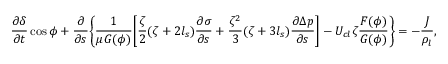
\frac { \partial \delta } { \partial t } \cos \phi + \frac { \partial } { \partial s } \Bigg \{ \frac { 1 } { \mu G ( \phi ) } \Bigg [ \frac { \zeta } { 2 } ( \zeta + 2 l _ { s } ) \frac { \partial \sigma } { \partial s } + \frac { \zeta ^ { 2 } } { 3 } ( \zeta + 3 l _ { s } ) \frac { \partial \Delta p } { \partial s } \Bigg ] - U _ { c l } \zeta \frac { F ( \phi ) } { G ( \phi ) } \Bigg \} = - \frac { J } { \rho _ { l } } ,